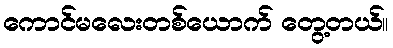
ကောင်မလေးတစ်ယောက် တွေ့တယ်။